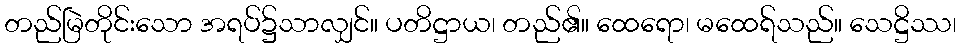
တည်မြဲတိုင်းသော အရပ်၌သာလျှင်။ ပတိဋ္ဌာယ၊ တည်၏။ ထေရော၊ မထေရ်သည်။ သေဋ္ဌိဿ၊